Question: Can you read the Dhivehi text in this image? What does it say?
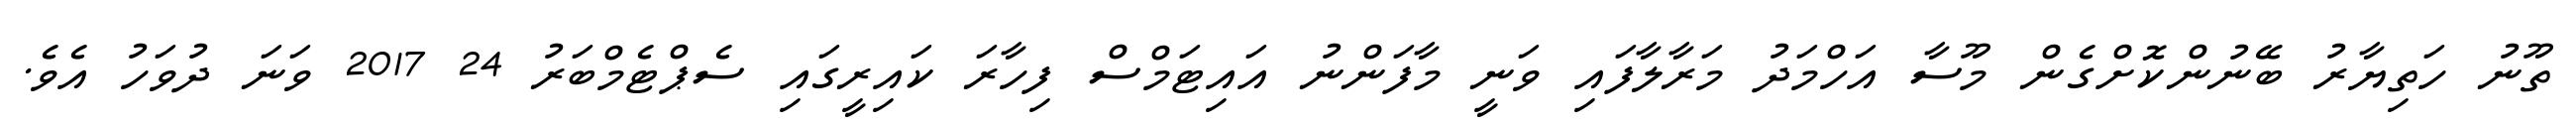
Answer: ތޫނު ހަތިޔާރު ބޭނުންކޮށްގެން މޫސާ އަހްމަދު މަރާލާފައި ވަނީ މާފަންނު އައިޓަމްސް ފިހާރަ ކައިރީގައި ސެޕްޓެމްބަރު 24 2017 ވަނަ ދުވަހު އެވެ.